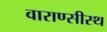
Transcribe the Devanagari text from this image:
वाराण्सीस्थ